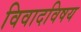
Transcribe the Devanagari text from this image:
विवादविषय